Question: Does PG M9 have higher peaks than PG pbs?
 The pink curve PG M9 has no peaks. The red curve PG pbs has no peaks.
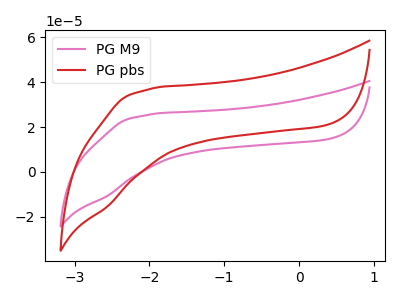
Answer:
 <answer>Niether CV has any peaks.</answer>
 <eval>blanks</eval>